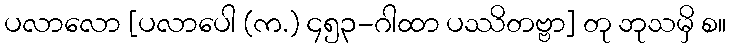
ပလာလော [ပလာပေါ (က.) ၄၅၃-ဂါထာ ပဿိတဗ္ဗာ] တု ဘုသမှိ စ။